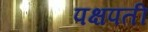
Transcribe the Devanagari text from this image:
पक्षपती